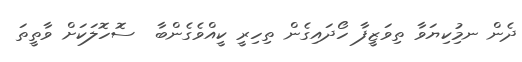
ދެން ނމުިކިޔަވާ ތިވަޒީފާ ހޯދައިގެން ތިހިރީ ކީއްވެގެންބާ  ސޮހޮލަކަށް ވާތީތަ